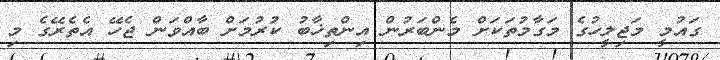
ގައުމީ މަޖިލީހުގެ މަގާމުތަކަށް މެންބަރުން އިންތިޚާބު ކުރުމަށް ބާއްވަން ޖެހޭ އެތެރޭގެ މި